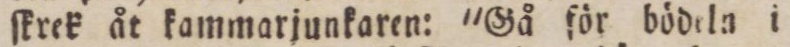
ſkrek åt kammarjunkaren: 'Gå för bödeln i